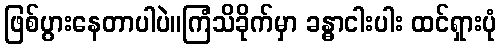
ဖြစ်ပွားနေတာပါပဲ။ကြံသိခိုက်မှာ ခန္ဓာငါးပါး ထင်ရှားပုံ